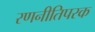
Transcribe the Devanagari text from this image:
रणनीतिपरक